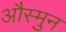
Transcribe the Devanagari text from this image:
औस्मुन